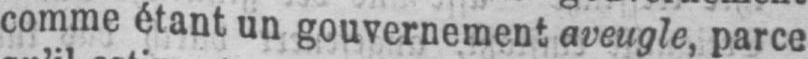
comme étant un gouvernement aveugle, parce